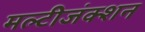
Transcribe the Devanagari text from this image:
मल्टीजंक्शन